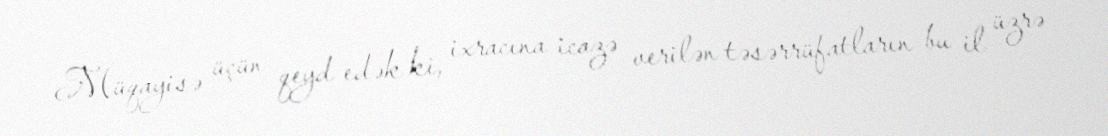
Müqayisə üçün qeyd edək ki, ixracına icazə verilən təsərrüfatların bu il üzrə